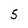
Character: 5